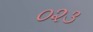
૦૨૩